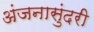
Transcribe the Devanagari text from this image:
अंजनासुंदरी